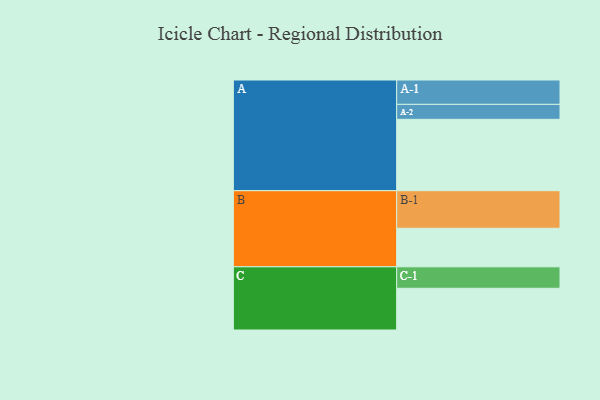
{"axis": {"x": "Segment", "y": "Value"}, "legend": ["", "A", "B", "C"], "data": [{"x": "A", "y": 568, "type": ""}, {"x": "B", "y": 307, "type": ""}, {"x": "C", "y": 332, "type": ""}, {"x": "A-1", "y": 194, "type": "A"}, {"x": "A-2", "y": 119, "type": "A"}, {"x": "B-1", "y": 299, "type": "B"}, {"x": "C-1", "y": 171, "type": "C"}]}